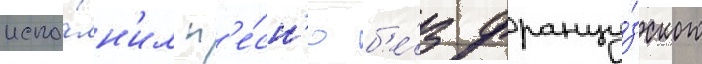
испо́лн'ил п'е́сн'ю б'е́з францу́зского